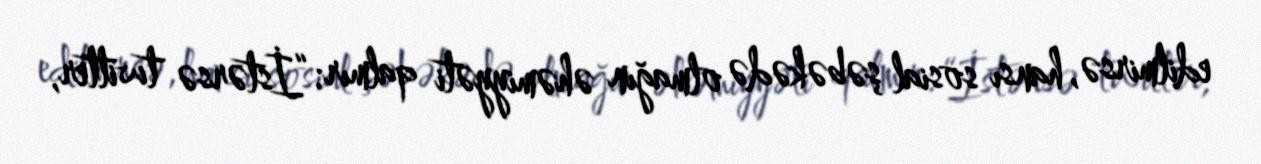
edilmirsə, hansı sosial şəbəkədə olmağın əhəmiyyəti qalmır: “İstərsə twitter,